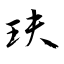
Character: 玞